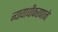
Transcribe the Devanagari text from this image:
न्यायाधीकरणाने